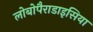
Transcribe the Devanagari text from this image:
लोबोपैराडाइसिया